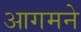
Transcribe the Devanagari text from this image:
आगमने